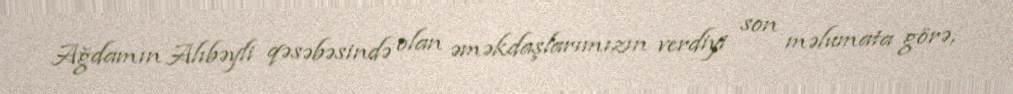
Ağdamın Alıbəyli qəsəbəsində olan əməkdaşlarımızın verdiyi son məlumata görə,